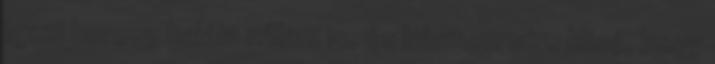
igazi herceg halála nálam is, és bármennyire klisé, hogy